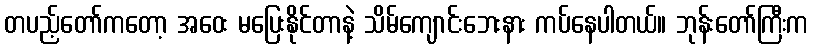
တပည့်တော်ကတော့ အဝေး မပြေးနိုင်တာနဲ့ သိမ်ကျောင်းဘေးနား ကပ်နေပါတယ်။ ဘုန်းတော်ကြီးက